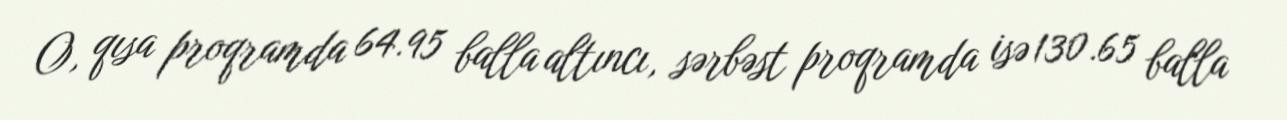
O, qısa proqramda 64.95 balla altıncı, sərbəst proqramda isə 130.65 balla